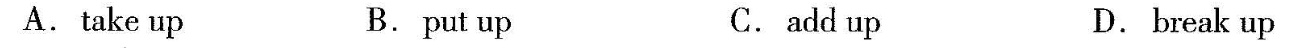
A.take up B.put up C.add up D.break up